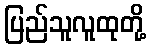
ပြည်သူလူထုတို့